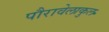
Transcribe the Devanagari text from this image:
पौरावेलाकुल